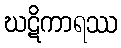
ဃဋိကာရဿ